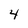
Character: 4